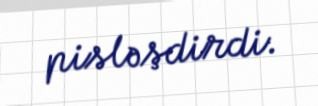
pisləşdirdi.